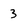
Character: 3